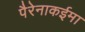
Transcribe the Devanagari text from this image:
पैरेनाकईमा